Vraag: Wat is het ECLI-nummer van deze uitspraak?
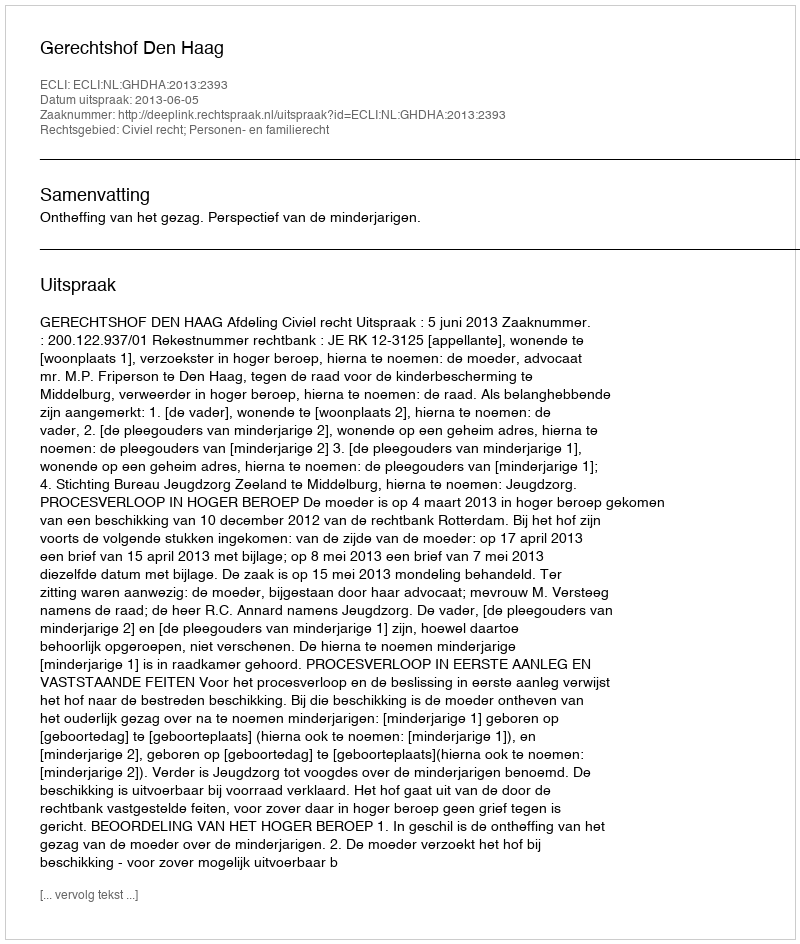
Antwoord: ECLI:NL:GHDHA:2013:2393